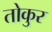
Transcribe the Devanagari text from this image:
तोकुर